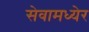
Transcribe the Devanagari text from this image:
सेवामध्येर